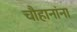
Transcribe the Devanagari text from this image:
चौहानांना